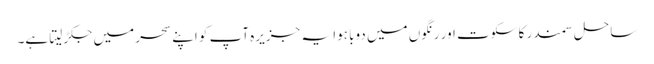
ساحل سمندر کا سکوت اور رنگوں میں دوبا ہوا یہ جزیرہ آپ کو اپنے سحر میں جکڑ لیتا ہے۔